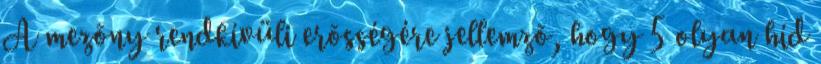
A mezõny rendkívüli erõsségére jellemzõ, hogy 5 olyan híd